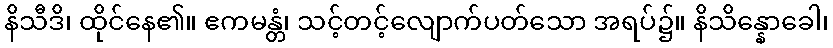
နိသီဒိ၊ ထိုင်နေ၏။ ဧကမန္တံ၊ သင့်တင့်လျောက်ပတ်သော အရပ်၌။ နိသိန္နောခေါ၊